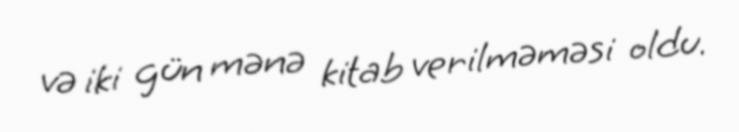
və iki gün mənə kitab verilməməsi oldu.